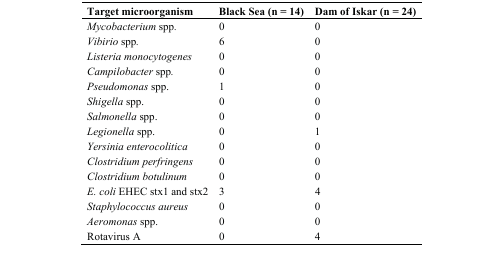
<table><thead><tr><td><b>Target microorganism</b></td><td><b>Black Sea (n = 14)</b></td><td><b>Dam of Iskar (n = 24)</b></td></tr></thead><tbody><tr><td><i>Mycobacterium</i> spp.</td><td>0</td><td>0</td></tr><tr><td><i>Vibirio</i> spp.</td><td>6</td><td>0</td></tr><tr><td><i>Listeria monocytogenes</i></td><td>0</td><td>0</td></tr><tr><td><i>Campilobacter</i> spp.</td><td>0</td><td>0</td></tr><tr><td><i>Pseudomonas</i> spp.</td><td>1</td><td>0</td></tr><tr><td><i>Shigella</i> spp.</td><td>0</td><td>0</td></tr><tr><td><i>Salmonella</i> spp.</td><td>0</td><td>0</td></tr><tr><td><i>Legionella</i> spp.</td><td>0</td><td>1</td></tr><tr><td><i>Yersinia enterocolitica</i></td><td>0</td><td>0</td></tr><tr><td><i>Clostridium perfringens</i></td><td>0</td><td>0</td></tr><tr><td><i>Clostridium botulinum</i></td><td>0</td><td>0</td></tr><tr><td><i>E. coli</i> EHEC stx1 and stx2</td><td>3</td><td>4</td></tr><tr><td><i>Staphylococcus aureus</i></td><td>0</td><td>0</td></tr><tr><td><i>Aeromonas</i> spp.</td><td>0</td><td>0</td></tr><tr><td>Rotavirus A</td><td>0</td><td>4</td></tr></tbody></table>